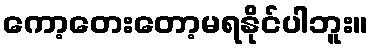
ကော့တေးတော့မရနိုင်ပါဘူး။